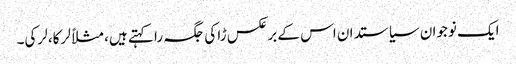
ایک نوجوان سیاستدان اس کے برعکس ڑا کی جگہ را کہتے ہیں، مثلاً لرکا، لرکی۔